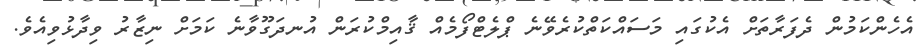
އެހެންކަމުން ދެފަރާތަށް އެކުގައި މަސައްކަތްކުރެވޭނެ ޕްލެޓްފޯމެއް ޤާއިމްކުރަން އުނދަގޫވާނެ ކަމަށް ނިޒާރު ވިދާޅުވިއެވެ.